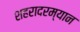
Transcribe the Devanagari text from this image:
शहरादरम्यान